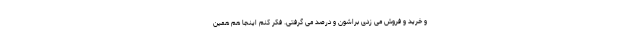
و خرید و فروش می­ زدی براشون و درصد می ­گرفتی. فکر کنم اینجا هم همین